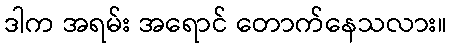
ဒါက အရမ်း အရောင် တောက်နေသလား။